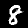
Digit: 8